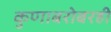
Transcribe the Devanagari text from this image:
कुणाबरोबरही